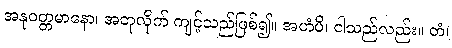
အနုဝတ္တမာနော၊ အတုလိုက် ကျင့်သည်ဖြစ်၍။ အဟံပိ၊ ငါသည်လည်း။ တံ၊